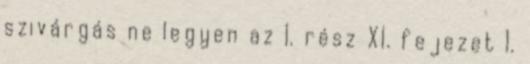
szivárgás ne legyen az 1. rész XI. fejezet 1.